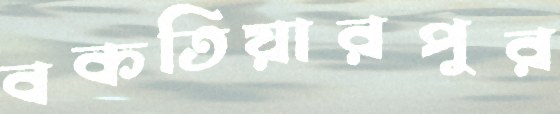
বকতিয়ারপুর